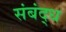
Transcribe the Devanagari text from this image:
संबंद्‌ध